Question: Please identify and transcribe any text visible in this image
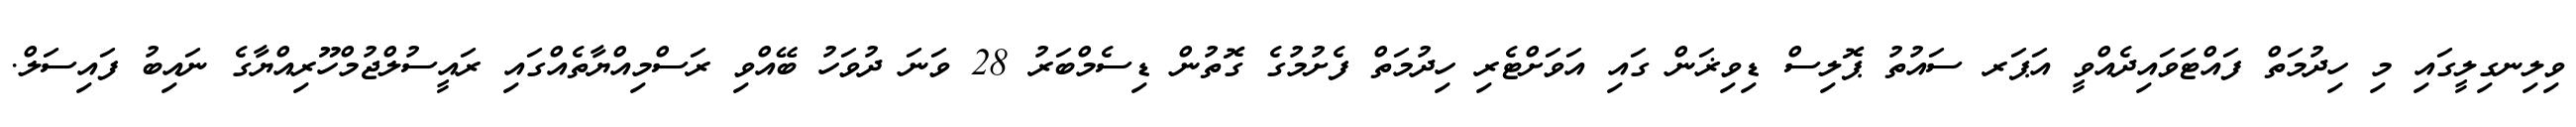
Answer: ވިލިނގިލީގައި މި ހިދުމަތް ފައްޓަވައިދެއްވީ އަޕަރ ސައުތު ޕޮލިސް ޑިވިޜަން ގައި އަވަށްޓެރި ހިދުމަތް ފެށުމުގެ ގޮތުން ޑިސެމްބަރު 28 ވަނަ ދުވަހު ބޭއްވި ރަސްމިއްޔާތެއްގައި ރައީސުލްޖުމްހޫރިއްޔާގެ ނައިބު ފައިސަލް.